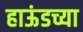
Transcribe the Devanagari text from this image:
हाऊंडच्या